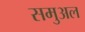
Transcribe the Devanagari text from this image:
समुअल